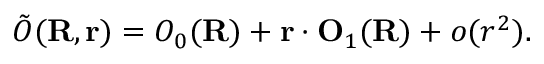
\tilde { O } ( { \bf R } , { \bf r } ) = O _ { 0 } ( { \bf R } ) + { \bf r } \cdot { \bf O } _ { 1 } ( { \bf R } ) + o ( r ^ { 2 } ) .